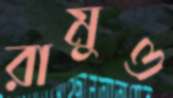
রামুও